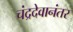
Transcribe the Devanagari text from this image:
चंद्रदेवानंतर